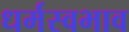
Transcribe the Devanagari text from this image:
धर्मस्वभाव